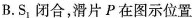
B. S_{1} 闭合，滑片P在图示位置